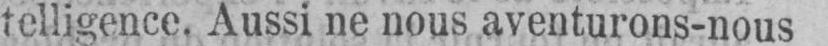
telligence. Aussi ne nous aventurons-nous